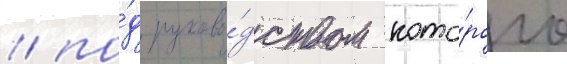
/ по́д руково́дством кото́рого